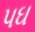
પઘ